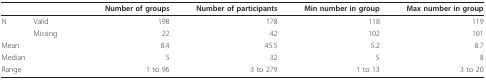
<table><thead><tr><td></td><td></td><td><b>Number of groups</b></td><td><b>Number of participants</b></td><td><b>Min number in group</b></td><td><b>Max number in group</b></td></tr></thead><tbody><tr><td>N</td><td>Valid</td><td>198</td><td>178</td><td>118</td><td>119</td></tr><tr><td></td><td>Missing</td><td>22</td><td>42</td><td>102</td><td>101</td></tr><tr><td colspan="2">Mean</td><td>8.4</td><td>45.5</td><td>5.2</td><td>8.7</td></tr><tr><td colspan="2">Median</td><td>5</td><td>32</td><td>5</td><td>8</td></tr><tr><td colspan="2">Range</td><td>1 to 96</td><td>3 to 279</td><td>1 to 13</td><td>3 to 20</td></tr></tbody></table>